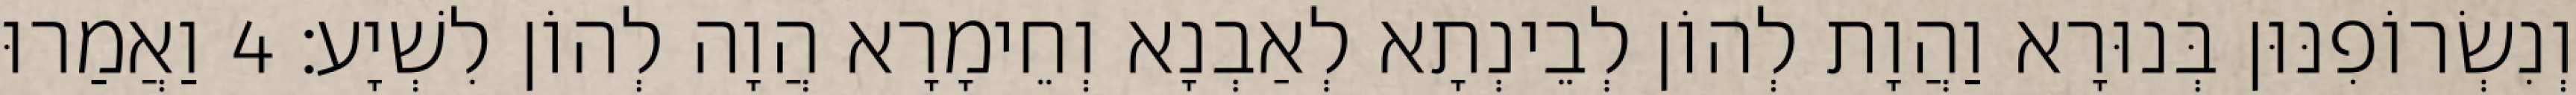
וְנִשְׂרוֹפִנּוּן בְּנוּרָא וַהֲוָת לְהוֹן לְבֵינְתָא לְאַבְנָא וְחֵימָרָא הֲוָה לְהוֹן לִשְׁיָע׃ 4 וַאֲמַרוּ